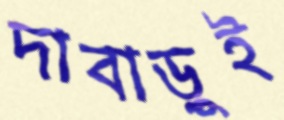
দাবাড়ুই